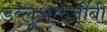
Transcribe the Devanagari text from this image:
डब्लूआरजीबी